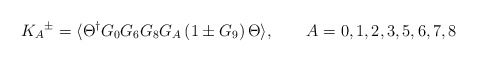
\begin{align*}{K_A}^\pm = \langle \Theta^\dagger G_0 G_6 G_8 G_A \left(1 \pm G_9\right) \Theta \rangle, \qquad A = 0, 1, 2, 3, 5, 6, 7, 8 \end{align*}